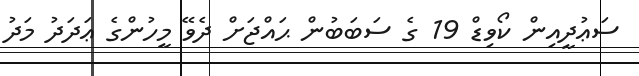
ސަޢުދީއިން ކޯވިޑް 19 ގެ ސަބަބުން ޙައްޖަށް ދެވޭ މީހުންގެ ޢަދަދު މަދު